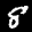
Label: 8